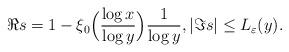
LaTeX: \begin{align*}\Re s=1-\xi_0\Big(\frac{\log x}{\log y}\Big)\frac{1}{\log y}, |\Im s|\leq L_\varepsilon(y).\end{align*}